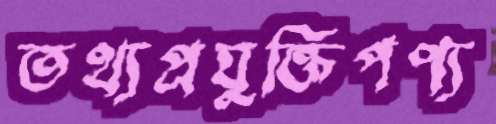
তথ্যপ্রযুক্তিপণ্য